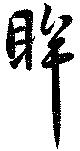
眸